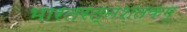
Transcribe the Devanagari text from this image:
भारतरत्नशतकम्